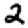
Digit: 2